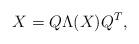
LaTeX: \begin{align*}X=Q\Lambda(X)Q^T,\end{align*}